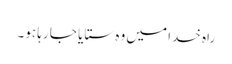
راہ خدا میں وہ ستایا جا رہا ہو۔